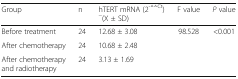
<table><thead><tr><td><b>Group</b></td><td><b>n</b></td><td><b>hTERT mRNA (2<sup>-△△Ct</sup>) <sup>−</sup>(X ± SD)</b></td><td><b>F value</b></td><td><b><i>P</i> value</b></td></tr></thead><tbody><tr><td>Before treatment</td><td>24</td><td>12.68 ± 3.08</td><td rowspan="3">98.528</td><td rowspan="3">&lt;0.001</td></tr><tr><td>After chemotherapy</td><td>24</td><td>10.68 ± 2.48</td></tr><tr><td>After chemotherapy and radiotherapy</td><td>24</td><td>3.13 ± 1.69</td></tr></tbody></table>